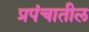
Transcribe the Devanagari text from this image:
प्रपंचातील